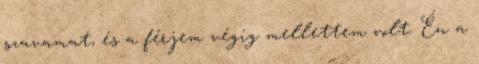
szavamat, és a férjem végig mellettem volt. Én a